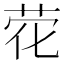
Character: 𰰽